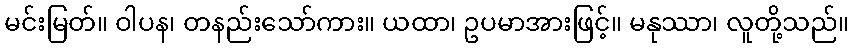
မင်းမြတ်။ ဝါပန၊ တနည်းသော်ကား။ ယထာ၊ ဥပမာအားဖြင့်။ မနုဿာ၊ လူတို့သည်။